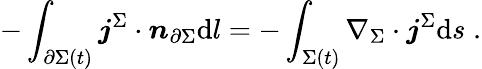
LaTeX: -\int_{\partial\Sigma(t)}\boldsymbol{\mathit{j}}^{\Sigma}\cdot\boldsymbol{n}_{\partial\Sigma}\mathrm{{d}}l=-\int_{\Sigma(t)}\nabla_{\Sigma}\cdot\boldsymbol{\mathit{j}}^{\Sigma}\mathrm{{d}}s\; .